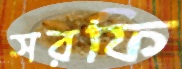
সরফি